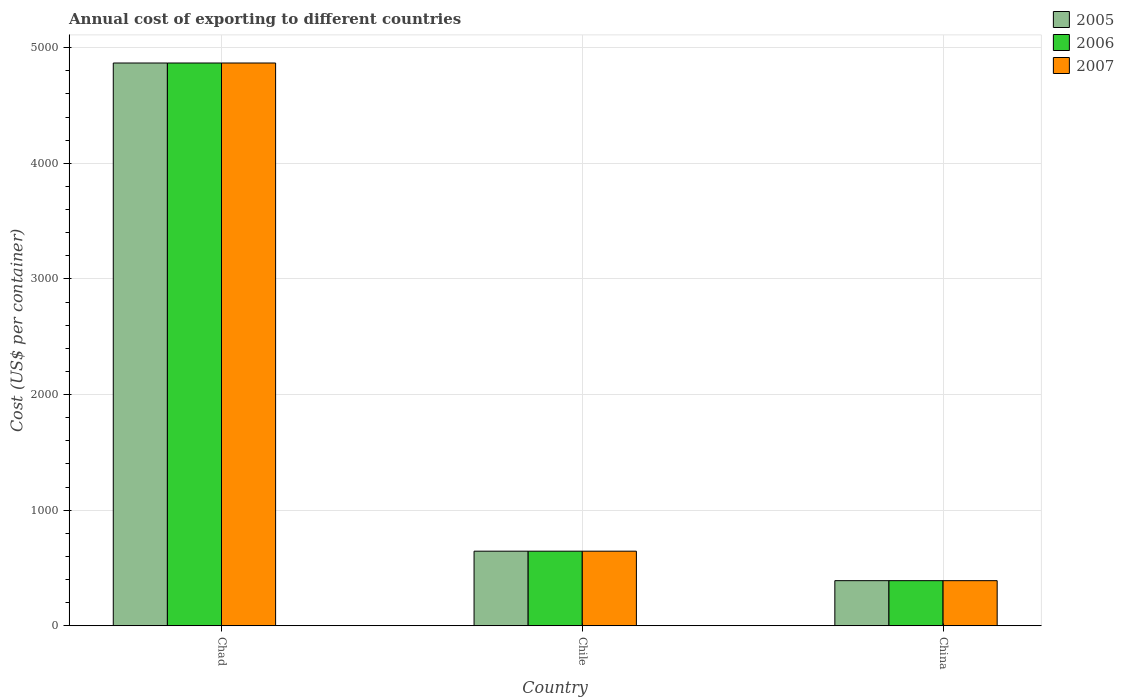
| Country | 2005 | 2006 | 2007 |
 | --- | --- | --- | --- |
 | Chad | 4.87e+03 | 4.87e+03 | 4.87e+03 |
 | Chile | 645 | 645 | 645 |
 | China | 390 | 390 | 390 |